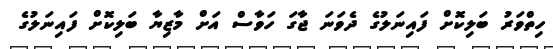
ހިތްވަރު ބަލިކޮށް ފައިނަލުގެ ދެވަނަ ޖާގަ ހަވާސް އަށް މާޒިޔާ ބަލިކޮށް ފަައިނަލުގެ